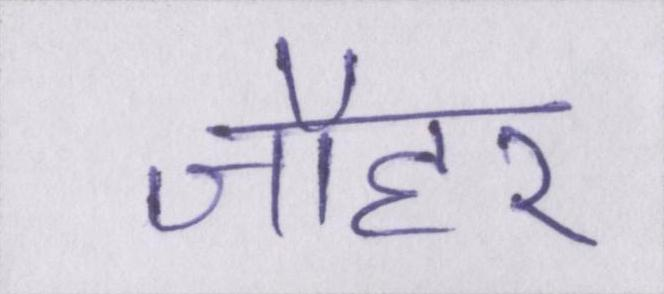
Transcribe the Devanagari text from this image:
जौहर